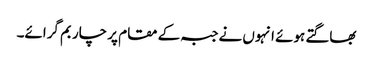
بھاگتے ہوئے انہوں نے جبہ کے مقام پر چار بم گرائے۔